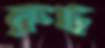
রুঢ়